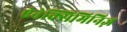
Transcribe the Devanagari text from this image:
ऐनेक्सिमिनिज़